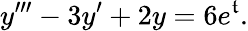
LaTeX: y^{\prime\prime\prime}-3y^{\prime}+2y=6e^{\mathfrak{t}}.